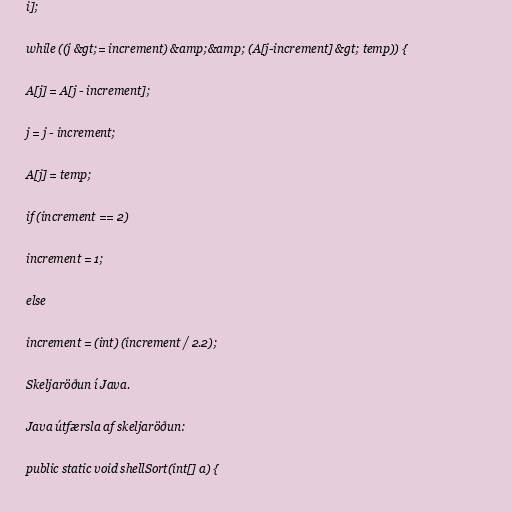
i];

while ((j &gt;= increment) &amp;&amp; (A[j-increment] &gt; temp)) {

A[j] = A[j - increment];

j = j - increment;

A[j] = temp;

if (increment == 2)

increment = 1;

else

increment = (int) (increment / 2.2);

Skeljaröðun í Java.

Java útfærsla af skeljaröðun:

public static void shellSort(int[] a) {